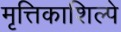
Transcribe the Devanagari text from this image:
मृत्तिकाशिल्पे